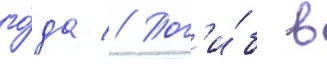
го́да // Пог'и́б в